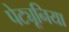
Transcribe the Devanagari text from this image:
पेट्यूनिया